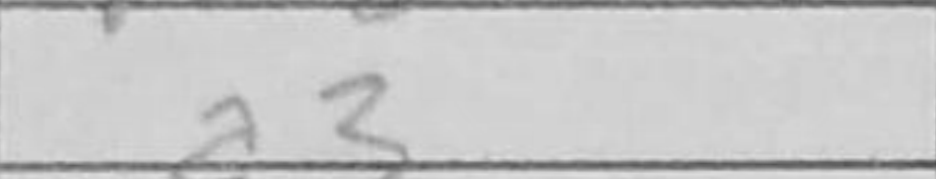
Transcription: a3